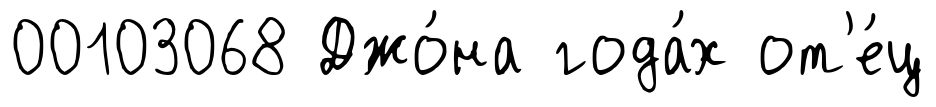
00103068 Джо́на года́х от'е́ц